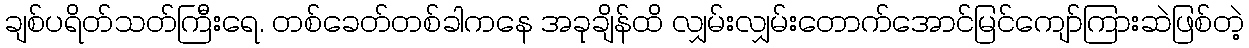
ချစ်ပရိတ်သတ်ကြီးရေ. တစ်ခေတ်တစ်ခါကနေ အခုချိန်ထိ လျှမ်းလျှမ်းတောက်အောင်မြင်ကျော်ကြားဆဲဖြစ်တဲ့